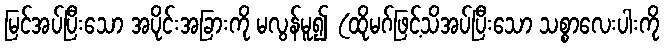
မြင်အပ်ပြီးသော အပိုင်းအခြားကို မလွန်မူ၍ (ထိုမဂ်ဖြင့်သိအပ်ပြီးသော သစ္စာလေးပါးကို